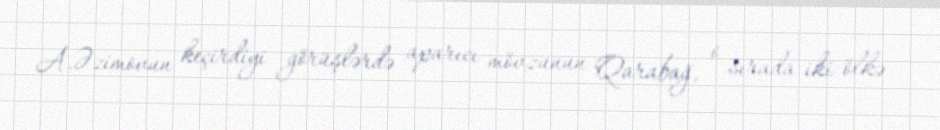
A.Əzimovun keçirdiyi görüşlərdə aparıcı mövzunun Qarabağ, o sırada iki ölkə